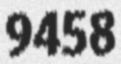
9458